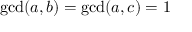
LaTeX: \operatorname* { g c d } ( a , b ) = \operatorname* { g c d } ( a , c ) = 1